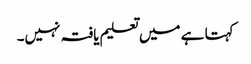
کہتا ہے میں تعلیم یافتہ نہیں۔